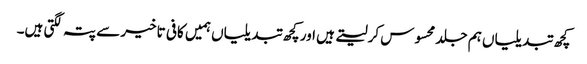
کچھ تبدیلیاں ہم جلد محسوس کرلیتے ہیں اور کچھ تبدیلیاں ہمیں کافی تاخیر سے پتہ لگتی ہیں۔